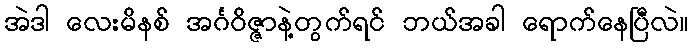
အဲဒါ လေးမိနစ် အင်္ဂဝိဇ္ဇာနဲ့တွက်ရင် ဘယ်အခါ ရောက်နေပြီလဲ။